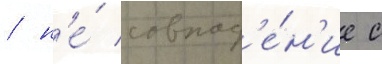
/ н'е́ совпад'е́н'ие с